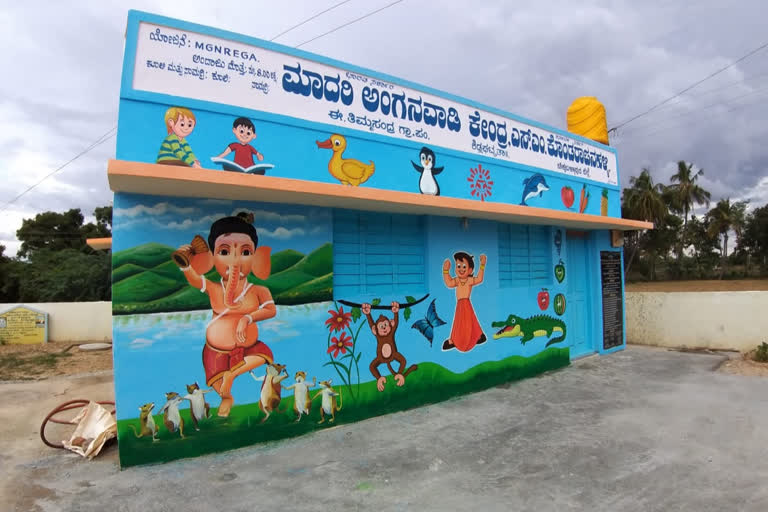
Language: kannada
Transcription: ಮಾದರಿ